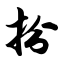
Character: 扮